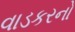
વાડકરનો